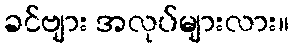
ခင်ဗျား အလုပ်များလား။